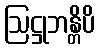
ဩဋ္ဌုဘန္တိပိ